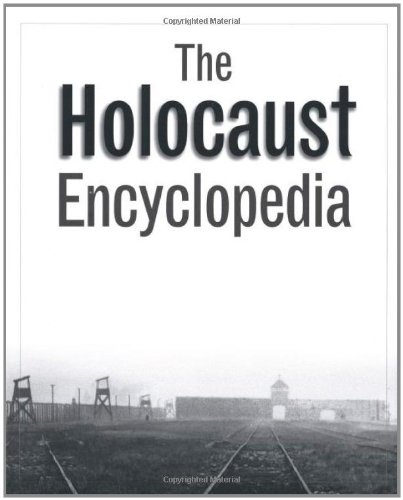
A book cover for The Holocaust Encyclopedia; Judith Tydor Baumel; Reference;